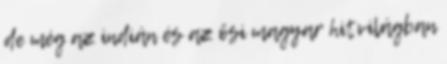
de még az indián és az ősi magyar hitvilágban